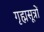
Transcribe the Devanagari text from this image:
गृह्मसूत्रों